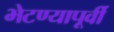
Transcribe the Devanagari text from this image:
भेटण्यापूर्वी